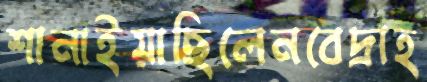
শানাইয়াছিলেনবেদ্রাহ